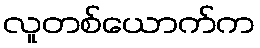
လူတစ်ယောက်က